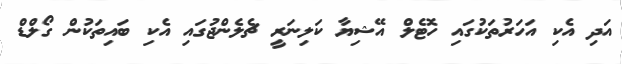
އަދި އެކި އަހަރުތަކުގައި ހޮޓެލް އޭޝިޔާ ކަލިނަރީ ޗެލެންޖުގައި އެކި ބައިތަކުން ގޯލްޑް